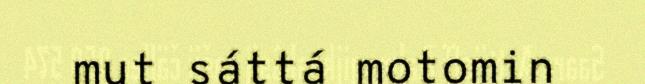
mut sáttá motomin